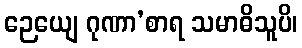
ဉေယျေ ဂုဏာ’စာရ သမာဓိသူပိ၊